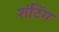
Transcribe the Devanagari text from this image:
शंटिंग